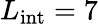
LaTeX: L_{\mathrm{int}}=7